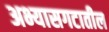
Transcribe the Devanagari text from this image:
अभ्यासगटातील